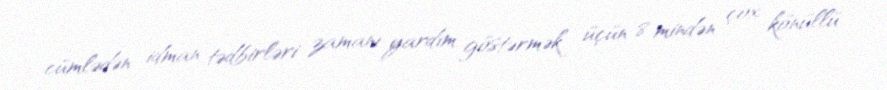
cümlədən idman tədbirləri zamanı yardım göstərmək üçün 8 mindən çox könüllü